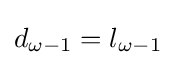
d_{\omega -1}=l_{\omega -1}